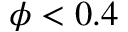
\phi < 0 . 4